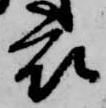
衣